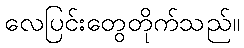
လေပြင်းတွေတိုက်သည်။